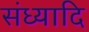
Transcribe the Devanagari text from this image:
संध्यादि